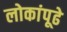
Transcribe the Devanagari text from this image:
लोकांपूढे